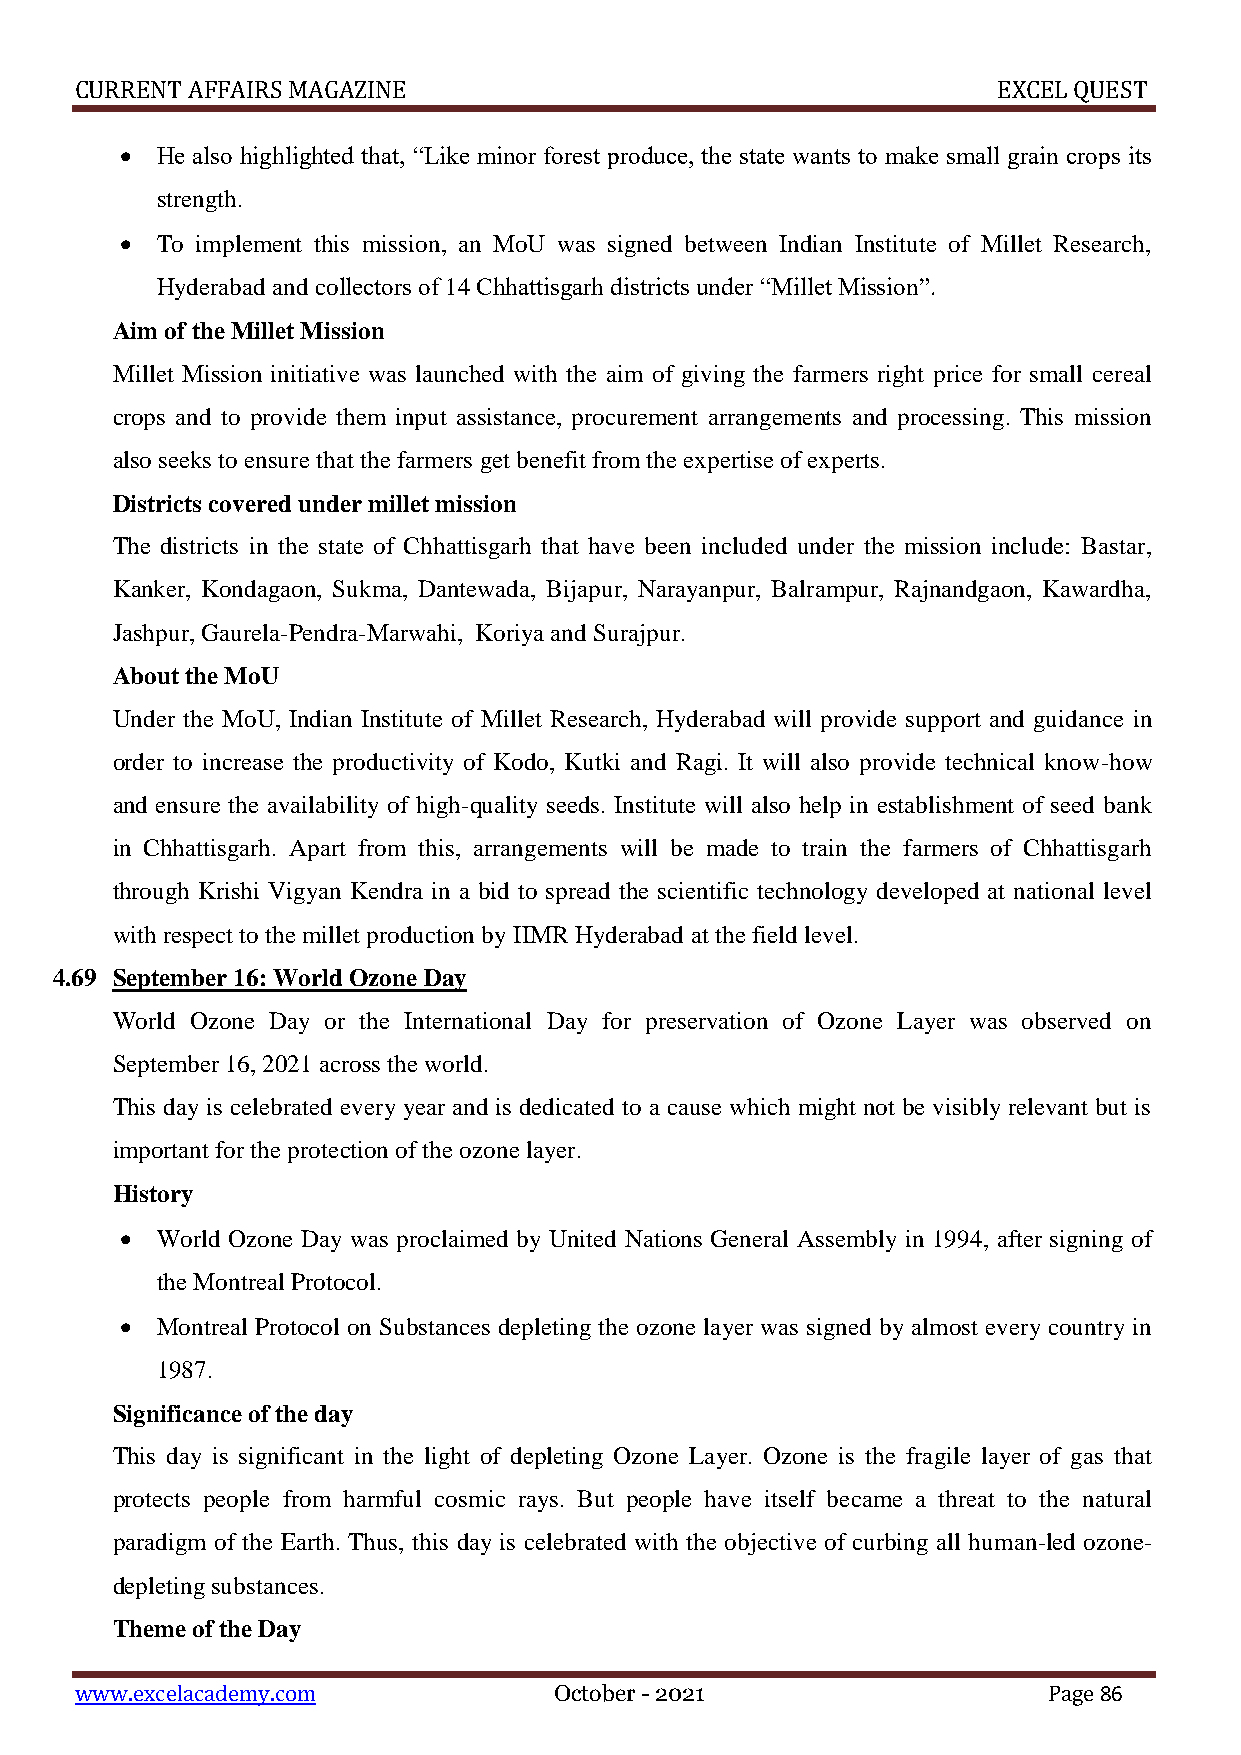
CURRENT AFFAIRS MAGAZINE                                     EXCEL QUEST
  He also highlighted that, “Like minor forest produce, the state wants to make small grain crops its
 strength.
  To implement this mission, an MoU was signed between Indian Institute of Millet Research,
 Hyderabad and collectors of 14 Chhattisgarh districts under “Millet Mission”.
 Aim of the Millet Mission
 Millet Mission initiative was launched with the aim of giving the farmers right price for small cereal
 crops and to provide them input assistance, procurement arrangements and processing. This mission
 also seeks to ensure that the farmers get benefit from the expertise of experts.
 Districts covered under millet mission
 The districts in the state of Chhattisgarh that have been included under the mission include: Bastar,
 Kanker, Kondagaon, Sukma, Dantewada, Bijapur, Narayanpur, Balrampur, Rajnandgaon, Kawardha,
 Jashpur, Gaurela-Pendra-Marwahi, Koriya and Surajpur.
 About the MoU
 Under the MoU, Indian Institute of Millet Research, Hyderabad will provide support and guidance in
 order to increase the productivity of Kodo, Kutki and Ragi. It will also provide technical know-how
 and ensure the availability of high-quality seeds. Institute will also help in establishment of seed bank
 in Chhattisgarh. Apart from this, arrangements will be made to train the farmers of Chhattisgarh
 through Krishi Vigyan Kendra in a bid to spread the scientific technology developed at national level
 with respect to the millet production by IIMR Hyderabad at the field level.
 4.69 September 16: World Ozone Day
 World Ozone Day or the International Day for preservation of Ozone Layer was observed on
 September 16, 2021 across the world.
 This day is celebrated every year and is dedicated to a cause which might not be visibly relevant but is
 important for the protection of the ozone layer.
 History
  World Ozone Day was proclaimed by United Nations General Assembly in 1994, after signing of
 the Montreal Protocol.
  Montreal Protocol on Substances depleting the ozone layer was signed by almost every country in
 1987.
 Significance of the day
 This day is significant in the light of depleting Ozone Layer. Ozone is the fragile layer of gas that
 protects people from harmful cosmic rays. But people have itself became a threat to the natural
 paradigm of the Earth. Thus, this day is celebrated with the objective of curbing all human-led ozone-
 depleting substances.
 Theme of the Day
 www.excelacademy.com            October - 2021                  Page 86